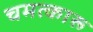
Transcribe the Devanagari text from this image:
चमत्कारू